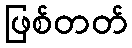
ဖြစ်တတ်